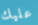
عليك